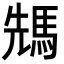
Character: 𩣂